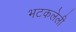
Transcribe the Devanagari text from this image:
भटकलेली